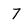
Character: 7